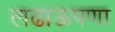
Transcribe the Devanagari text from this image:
लढाऊपणा